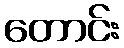
တောင်း